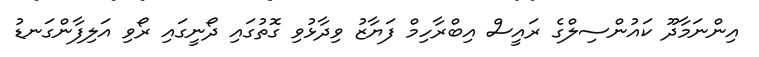
އިންނަމާދޫ ކައުންސިލްގެ ރައީސް އިބްރާހިމް ފަޔާޒު ވިދާޅުވި ގޮތުގައި ދޯނީގައި ރޯވި އަލިފާންގަނޑު